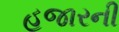
હજારની